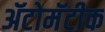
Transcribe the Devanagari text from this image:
ॲटोमॅटीक